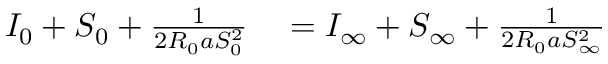
\begin{array} { r l } { I _ { 0 } + S _ { 0 } + \frac { 1 } { 2 R _ { 0 } a S _ { 0 } ^ { 2 } } } & { { } = I _ { \infty } + S _ { \infty } + \frac { 1 } { 2 R _ { 0 } a S _ { \infty } ^ { 2 } } } \end{array}